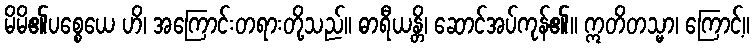
မိမိ၏ပစ္စေယေ ဟိ၊ အကြောင်းတရားတို့သည်။ ဓာရီယန္တိ၊ ဆောင်အပ်ကုန်၏။ ဣတိတသ္မာ၊ ကြောင့်။